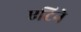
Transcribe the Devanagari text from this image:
एटिने